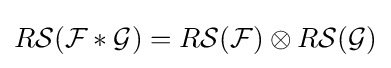
R{\mathcal {S}}({\mathcal {F}}\ast {\mathcal {G}})=R{\mathcal {S}}({\mathcal {F}})\otimes R{\mathcal {S}}({\mathcal {G}})